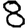
Digit: 8